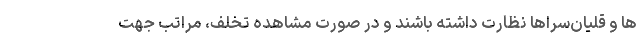
ها و قلیان‌سراها نظارت داشته باشند و در صورت مشاهده تخلف، مراتب جهت